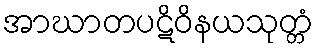
အာဃာတပဋိဝိနယသုတ္တံ